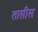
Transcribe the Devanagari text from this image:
तासीस